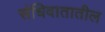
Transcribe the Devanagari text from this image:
संधिवातातील